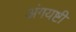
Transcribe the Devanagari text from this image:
अंगयष्टी